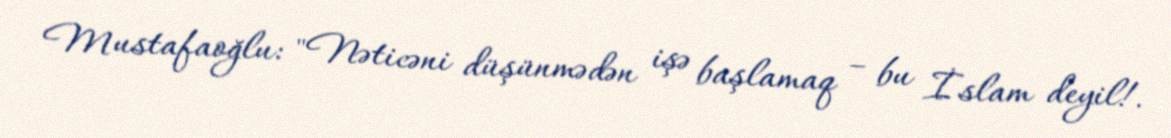
Mustafaoğlu: "Nəticəni düşünmədən işə başlamaq – bu İslam deyil!.